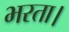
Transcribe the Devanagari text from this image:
भरता।